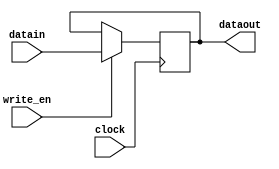
module regr(clock,write_en,datain,dataout); 
	input clock,write_en; 
	input [15:0] datain; 
	output reg [15:0] dataout; 
	//assign write_en = 1;
	always @(posedge clock) 
	begin 
	if (write_en == 1) 
		dataout <= datain; 
		//$display("[display] time=%0t ar_out=%0d",$time,dataout);
	end 
endmodule